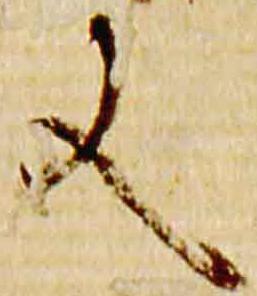
文